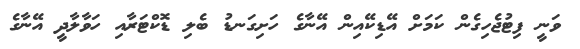
ވަނީ ފިޓުޖެހިގެން ކަމަށް އޭޑިކޭއިން އޭނާގެ ހަށިގަނޑު ބެލި ޑޮކްޓަރާއި ހަވާލާދީ އޭނާގެ